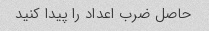
حاصل ضرب اعداد را پیدا کنید